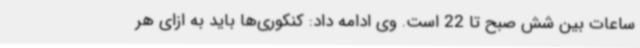
ساعات بین شش صبح تا 22 است. وی ادامه داد: کنکوری‌ها باید به ازای هر